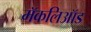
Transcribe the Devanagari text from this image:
मॅकलिऑड